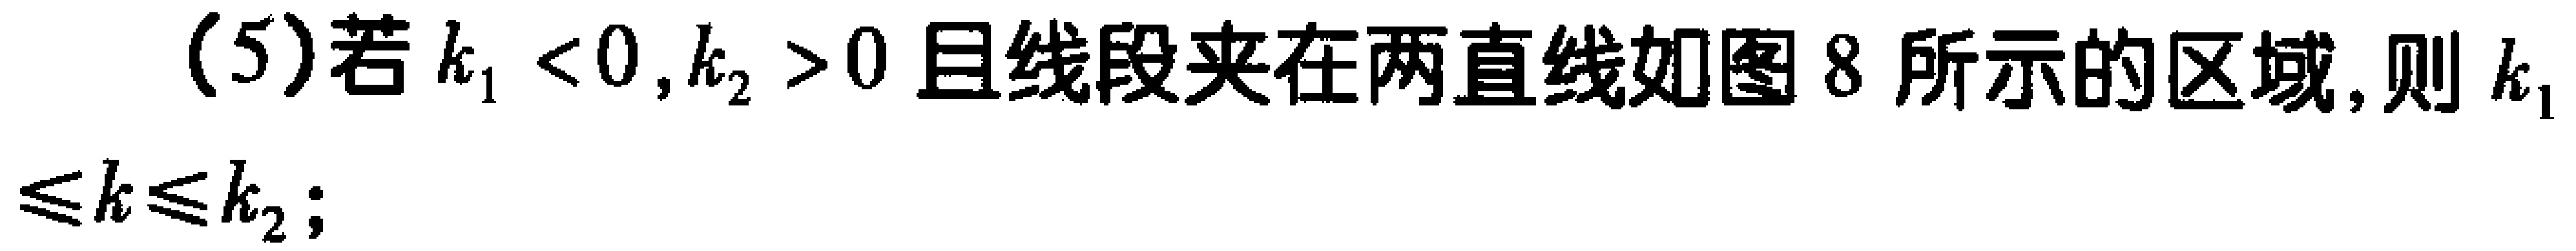
(5)若\(k_{1}<0,k_{2}>0\)且线段夹在两直线如图8所示的区域,则\(k_{1}\leq k\leq k_{2}\);